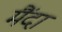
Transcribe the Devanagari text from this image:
मैंदा